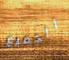
الجميع